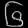
Digit: ၆